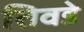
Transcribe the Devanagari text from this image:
तिवडे